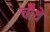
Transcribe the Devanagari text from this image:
चाैथे